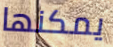
يمكنها